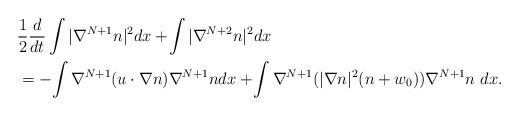
LaTeX: \begin{align*}\begin{aligned}&\frac{1}{2}\frac{d}{dt}\int |\nabla^{N+1} n|^2 dx+\!\int |\nabla^{N+2} n|^2 dx\\&=-\!\int \nabla^{N+1} (u \cdot \nabla n)\nabla^{N+1} n dx+\!\int \nabla^{N+1}(|\nabla n|^2(n+w_0))\nabla^{N+1} n \ dx.\end{aligned}\end{align*}